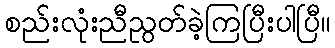
စည်းလုံးညီညွတ်ခဲ့ကြပြီးပါပြီ။